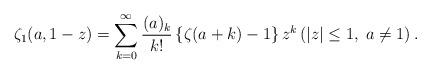
LaTeX: \begin{align*}\zeta_1(a,1-z)=\sum_{k=0}^\infty\frac{(a)_k}{k!}\,\{\zeta(a+k)-1\}\,z^k\,(|z|\leq 1,\;a\ne1)\,.\end{align*}